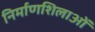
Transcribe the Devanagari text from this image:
निर्माणशिलाओं